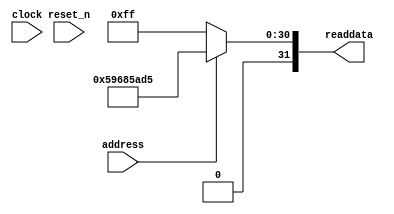
module soc_design_SystemID_8 (
                address,
                clock,
                reset_n,
                readdata
             )
;
  output  [ 31: 0] readdata;
  input            address;
  input            clock;
  input            reset_n;
  wire    [ 31: 0] readdata;
  assign readdata = address ? 1500011221 : 255;
endmodule